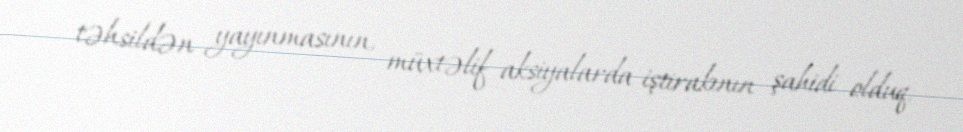
təhsildən yayınmasının, müxtəlif aksiyalarda iştirakının şahidi olduq.